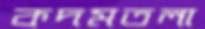
কদমতলা